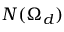
N ( \Omega _ { d } )